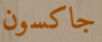
جاكسون